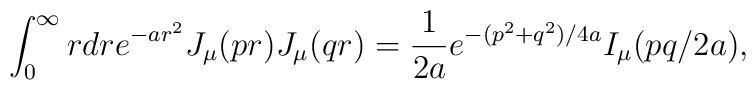
\int_{0}^{\infty}{rdr}e^{-ar^{2}}J_{\mu}(pr)J_{\mu}(qr) ={1\over2a}e^{-(p^{2}+q^{2})/4a}I_{\mu}(pq/2a),